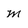
Character: m